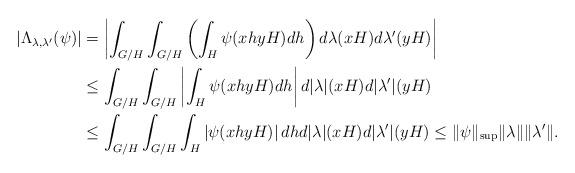
LaTeX: \begin{align*}|\Lambda_{\lambda,\lambda'}(\psi)|&=\left|\int_{G/H}\int_{G/H}\left(\int_H\psi(xhyH)dh\right)d\lambda(xH)d\lambda'(yH)\right|\\&\le\int_{G/H}\int_{G/H}\left|\int_H\psi(xhyH)dh\right|d|\lambda|(xH)d|\lambda'|(yH)\\&\le\int_{G/H}\int_{G/H}\int_H\left|\psi(xhyH)\right|dhd|\lambda|(xH)d|\lambda'|(yH)\le \|\psi\|_{\sup}\|\lambda\|\|\lambda'\|.\end{align*}